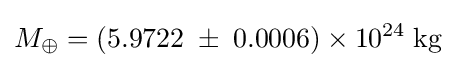
M_{\oplus }=(5.9722\;\pm \;0.0006)\times 10^{24}\;\mathrm {kg}